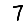
Digit: 7